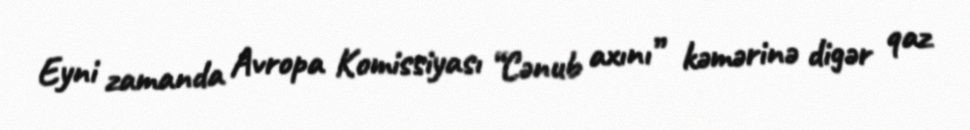
Eyni zamanda Avropa Komissiyası “Cənub axını” kəmərinə digər qaz